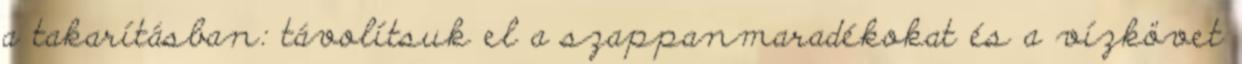
a takarításban: távolítsuk el a szappanmaradékokat és a vízkövet